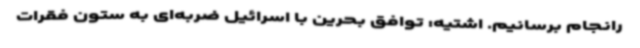
رانجام برسانیم. اشتیه: توافق بحرین با اسرائیل ضربه‌ای به ستون فقرات